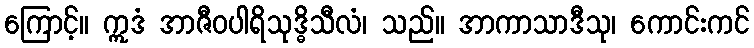
ကြောင့်။ ဣဒံ အာဇီဝပါရိသုဒ္ဓိသီလံ၊ သည်။ အာကာသာဒီသု၊ ကောင်းကင်